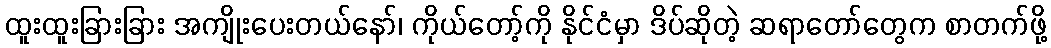
ထူးထူးခြားခြား အကျိုးပေးတယ်နော်၊ ကိုယ်တော့်ကို နိုင်ငံမှာ ဒိပ်ဆိုတဲ့ ဆရာတော်တွေက စာတက်ဖို့